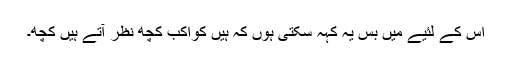
اس کے لئیے میں بس یہ کہہ سکتی ہوں کہ ہیں کواکب کچھ نظر آتے ہیں کچھ۔